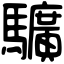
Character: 𩧉